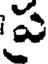
ప